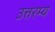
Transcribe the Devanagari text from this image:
उत्तरम्य